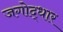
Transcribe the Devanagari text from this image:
जगोद्धार